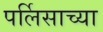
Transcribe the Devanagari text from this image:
पर्लिसाच्या